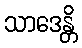
သာဒေန္တိ